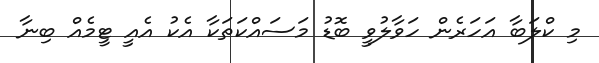
މި ކްލަބާ އަހަރެން ހަވާލުވީ ބޮޑު މަސައްކަތަކާ އެކު އެއީ ޓީމެއް ބިނާ